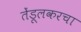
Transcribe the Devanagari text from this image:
तेंडूलकरचा